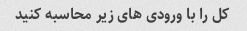
کل را با ورودی های زیر محاسبه کنید